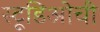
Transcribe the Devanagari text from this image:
स्टूडिओची